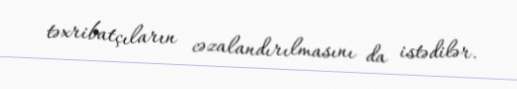
təxribatçıların cəzalandırılmasını da istədilər.